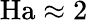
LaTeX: \mathrm{Ha}\approx 2